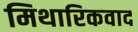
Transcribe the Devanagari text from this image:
मिथारिकवाद